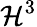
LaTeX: \mathcal{H}^{3}